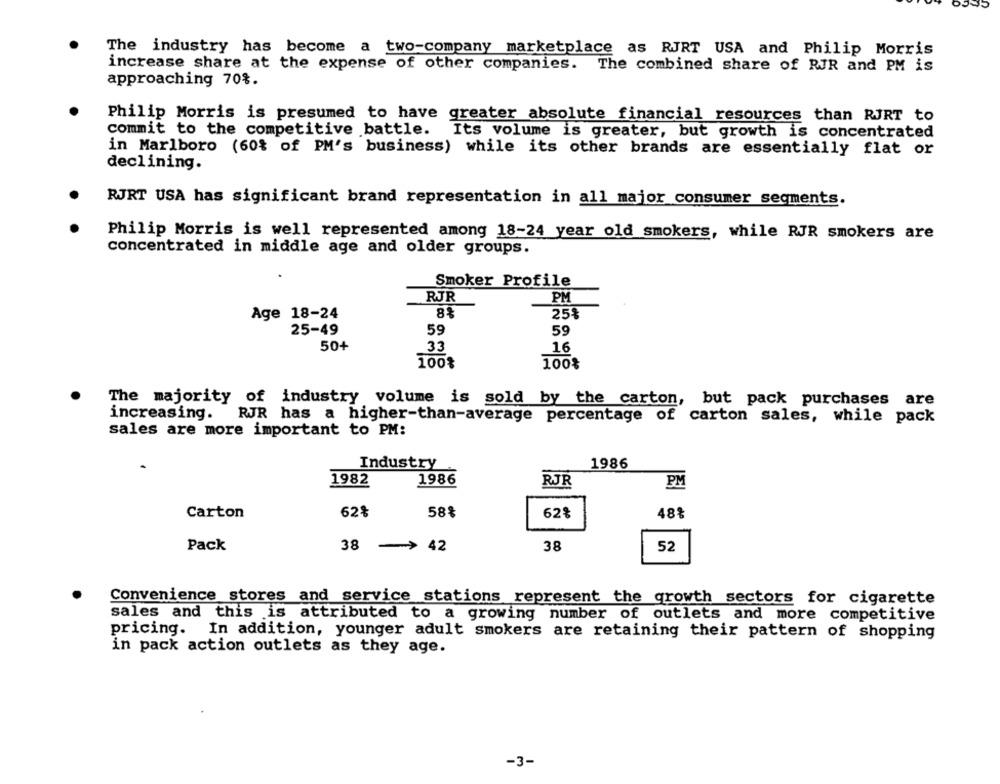
The industry has become a two-company marketplace as RJRT USA and Philip Morris
increase share at the expense of other companies. The combined share of RJR and PM is
approaching 70%.
Philip Morris is presumed to have greater absolute financial resources than RJRT to
commit to the competitive battle. Its volume is greater, but growth is concentrated
in Marlboro (60% of PM's business) while its other brands are essentially flat or
declining.
RJRT USA has significant brand representation in all major consumer segments.
Philip Morris is well represented among 18-24 year old smokers, while RJR smokers are
concentrated in middle age and older groups.
Smoker Profile
RJR
PM
Age 18-24
8%
25%
25-49
59
59
50+
33
16
100%
100%
The majority of industry volume is sold by the carton, but pack purchases are
increasing.
RJR has a higher-than-average percentage of carton sales, while pack
sales are more important to PM:
Industry
1986
1982
1986
RJR
PM
Carton
62%
58%
62%
Pack
38
>> 4
38
52
Convenience stores and service stations represent the growth sectors for cigarette
sales and this is attributed to a growing number of outlets and more competitive
pricing. In addition, younger adult smokers are retaining their pattern of shopping
in pack action outlets as they age.
-3-